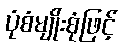
ပုံစံမျိုးစုံဖြင့်